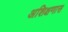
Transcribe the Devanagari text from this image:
अशिक्षणास